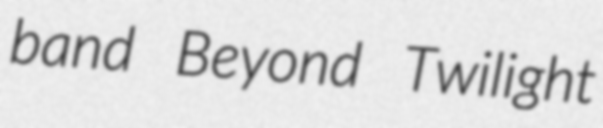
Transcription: band Beyond Twilight